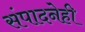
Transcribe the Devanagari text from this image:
संपादनेही